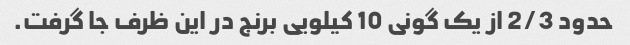
حدود 2/3 از یک گونی 10 کیلویی برنج در این ظرف جا گرفت.